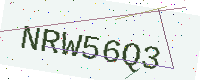
Text: NRW56Q3